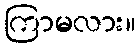
ကြာမလား။